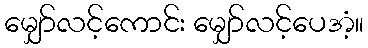
မျှော်လင့်ကောင်း မျှော်လင့်ပေအံ့။